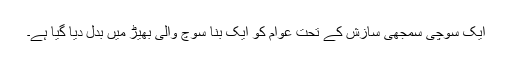
ایک سوچی سمجھی سازش کے تحت عوام کو ایک بنا سوچ والی بھیڑ میں بدل دیا گیا ہے۔